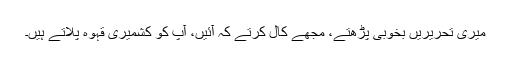
میری تحریریں بخوبی پڑھتے، مجھے کال کرتے کہ آئیں، آپ کو کشمیری قہوہ پلاتے ہیں۔